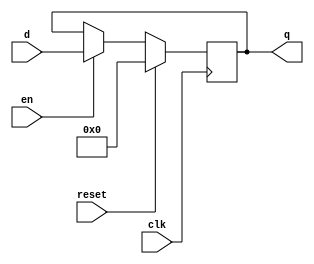
`timescale 1ns/10ps
module flopenr(clk, reset, en, d, q);

input clk, reset, en;
input [7:0] d;
output reg [7:0] q;

always@(posedge clk)
 if (reset) q <= 0;
 else if (en) q <= d;

endmodule